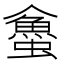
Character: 𧓀